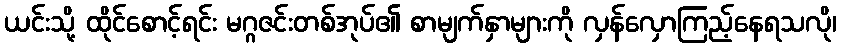
ယင်းသို့ ထိုင်စောင့်ရင်း မဂ္ဂဇင်းတစ်အုပ်၏ စာမျက်နှာများကို လှန်လှောကြည့်နေရသလို၊